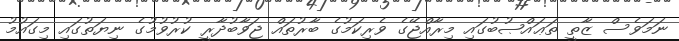
ނަމަވެސް ޒާތީ ތަޢައްޞުބުގައި މިރާއްޖޭގެ ވެރިކަމުގެ ބާރުތައް ޖަވާބުދާރީ ކުރުވުމުގެ ނިޔަތުގައި މިގައުމު